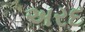
અરદ